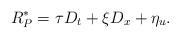
LaTeX: \begin{align*}R_P^*= \tau D_t + \xi D_x +\eta_u .\end{align*}